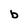
Character: b